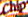
Chip